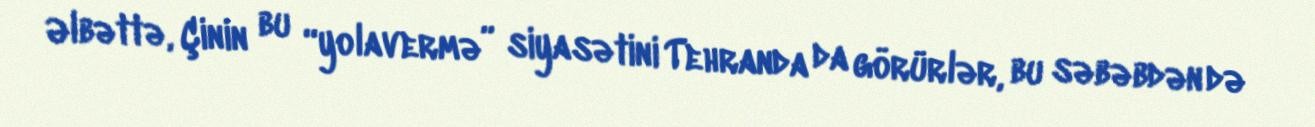
Əlbəttə, Çinin bu “yolavermə” siyasətini Tehranda da görürlər, bu səbəbdən də